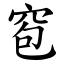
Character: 窇